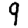
Digit: 9